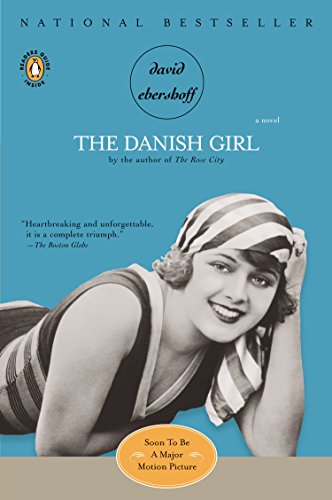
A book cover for The Danish Girl: A Novel; David Ebershoff; Romance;